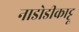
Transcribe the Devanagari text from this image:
नाडोडीकाट्टू